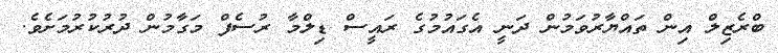
ބްރެޒިލް އިން ތައްޔާރުވަމުން ދަނީ އެގައުމުގެ ރައީސް ޑިލްމާ ރުސެފް މަގާމުން ދުރުކުރުމަށެވެ.